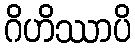
ဂိဟိဿာပိ